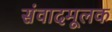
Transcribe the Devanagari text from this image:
संवादमूलक